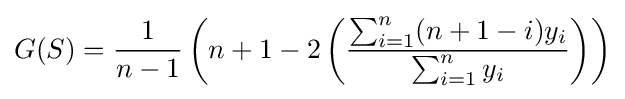
G(S)={\frac {1}{n-1}}\left(n+1-2\left({\frac {\sum _{i=1}^{n}(n+1-i)y_{i}}{\sum _{i=1}^{n}y_{i}}}\right)\right)